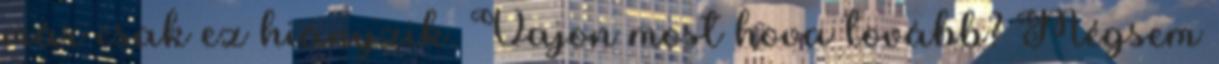
már csak ez hiányzik. Vajon most hova tovább? Mégsem